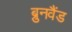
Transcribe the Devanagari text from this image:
ब्रुनवैंड